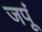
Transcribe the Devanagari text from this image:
जपूं